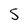
Character: S